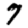
Digit: 7